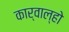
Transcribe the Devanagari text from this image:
कार्वाल्हो